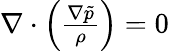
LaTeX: \begin{array}{r}{\nabla\cdot\left(\frac{\nabla\tilde{p}}{\rho}\right)=0}\end{array}